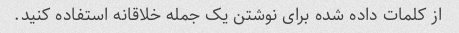
از کلمات داده شده برای نوشتن یک جمله خلاقانه استفاده کنید.